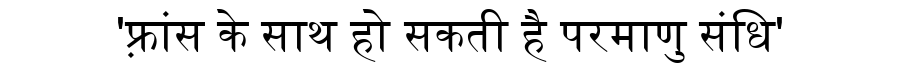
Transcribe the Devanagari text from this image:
'फ़्रांस के साथ हो सकती है परमाणु संधि'